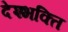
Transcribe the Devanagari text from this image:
देश्भक्ति